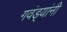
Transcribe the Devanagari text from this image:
गवंड्यांनी